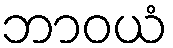
ဘာဝယံ